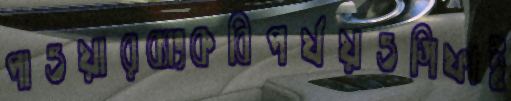
পাওয়ারব্যাংকবিপর্যয়ওগিফাই